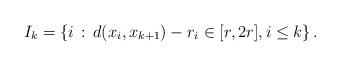
LaTeX: \begin{align*} I_k = \left\{i \,:\, d(x_i,x_{k+1}) - r_i \in [r,2r], i \le k\right\}. \end{align*}